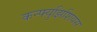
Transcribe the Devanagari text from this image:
कन्फ्युझिशियस